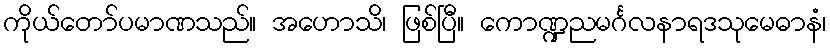
ကိုယ်တော်ပမာဏသည်။ အဟောသိ၊ ဖြစ်ပြီ။ ကောဏ္ဍညမင်္ဂလနာရဒသုမေဓာနံ၊